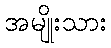
အမျိုးသား